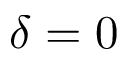
\delta = 0